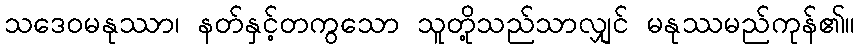
သဒေဝမနုဿာ၊ နတ်နှင့်တကွသော သူတို့သည်သာလျှင် မနုဿမည်ကုန်၏။